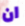
ان